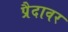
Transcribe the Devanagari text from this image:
प्रैदावर